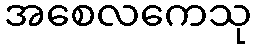
အစေလကေသု